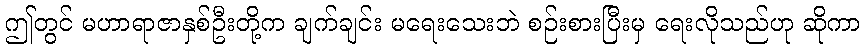
ဤတွင် မဟာရာဇာနှစ်ဦးတို့က ချက်ချင်း မရေးသေးဘဲ စဉ်းစားပြီးမှ ရေးလိုသည်ဟု ဆိုကာ